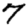
Digit: 7